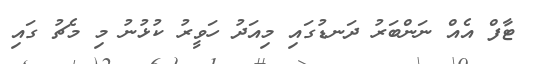
ޓާފް އެއް ނަންބަރު ދަނޑުގައި މިއަދު ހަވީރު ކުޅުނު މި މެޗު ގައި